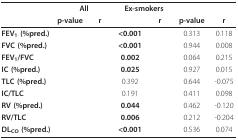
<table><thead><tr><td>[EMPTY_CELL]</td><td colspan="2"><b>All</b></td><td colspan="2"><b>Ex-smokers</b></td><td colspan="2">[EMPTY_CELL]</td></tr><tr><td>[EMPTY_CELL]</td><td><b>p-value</b></td><td><b>r</b></td><td>[EMPTY_CELL]</td><td><b>r</b></td><td><b>p-value</b></td><td><b>r</b></td></tr></thead><tbody><tr><td><b>FEV</b><sub><b>1 </b></sub><b>(%pred.)</b></td><td>[EMPTY_CELL]</td><td>[EMPTY_CELL]</td><td><b>&lt;0.001</b></td><td>[EMPTY_CELL]</td><td>0.313</td><td>0.118</td></tr><tr><td><b>FVC (%pred.)</b></td><td>[EMPTY_CELL]</td><td>[EMPTY_CELL]</td><td><b>&lt;0.001</b></td><td>[EMPTY_CELL]</td><td>0.944</td><td>0.008</td></tr><tr><td><b>FEV</b><sub><b>1</b></sub><b>/FVC</b></td><td>[EMPTY_CELL]</td><td>[EMPTY_CELL]</td><td><b>0.002</b></td><td>[EMPTY_CELL]</td><td>0.064</td><td>0.215</td></tr><tr><td><b>IC (%pred.)</b></td><td>[EMPTY_CELL]</td><td>[EMPTY_CELL]</td><td><b>0.025</b></td><td>[EMPTY_CELL]</td><td>0.927</td><td>0.015</td></tr><tr><td><b>TLC (%pred.)</b></td><td>[EMPTY_CELL]</td><td>[EMPTY_CELL]</td><td>0.392</td><td>[EMPTY_CELL]</td><td>0.644</td><td>-0.075</td></tr><tr><td><b>IC/TLC</b></td><td>[EMPTY_CELL]</td><td>[EMPTY_CELL]</td><td>0.191</td><td>[EMPTY_CELL]</td><td>0.411</td><td>0.098</td></tr><tr><td><b>RV (%pred.)</b></td><td>[EMPTY_CELL]</td><td>[EMPTY_CELL]</td><td><b>0.044</b></td><td>[EMPTY_CELL]</td><td>0.462</td><td>-0.120</td></tr><tr><td><b>RV/TLC</b></td><td>[EMPTY_CELL]</td><td>[EMPTY_CELL]</td><td><b>0.006</b></td><td>[EMPTY_CELL]</td><td>0.212</td><td>-0.204</td></tr><tr><td><b>DL</b><sub><b>CO </b></sub><b>(%pred.)</b></td><td>[EMPTY_CELL]</td><td>[EMPTY_CELL]</td><td><b>&lt;0.001</b></td><td>[EMPTY_CELL]</td><td>0.536</td><td>0.074</td></tr></tbody></table>